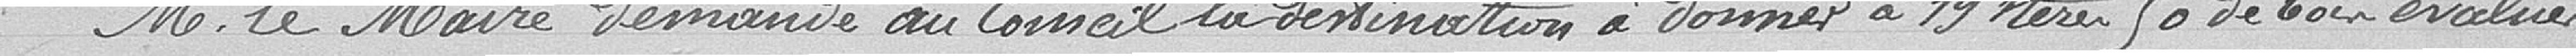
Monsieur le Maire demande au conseil la destination à donner à 19 stères 50 de bois évalué